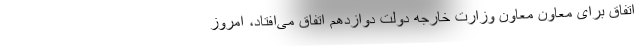
اتفاق برای معاونِ معاون وزارت خارجه دولت دوازدهم اتفاق می‌افتاد، امروز